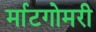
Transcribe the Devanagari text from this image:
र्माटगोमरी